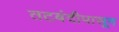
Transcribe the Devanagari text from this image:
तटबंदीपासून